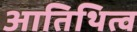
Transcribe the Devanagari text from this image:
आतिथित्व